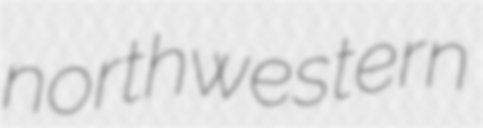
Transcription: northwestern